Annual report of the Punjab Veterinary College and of the Civil Veterinary Department, Punjab - 1926-1932
Year: 1926
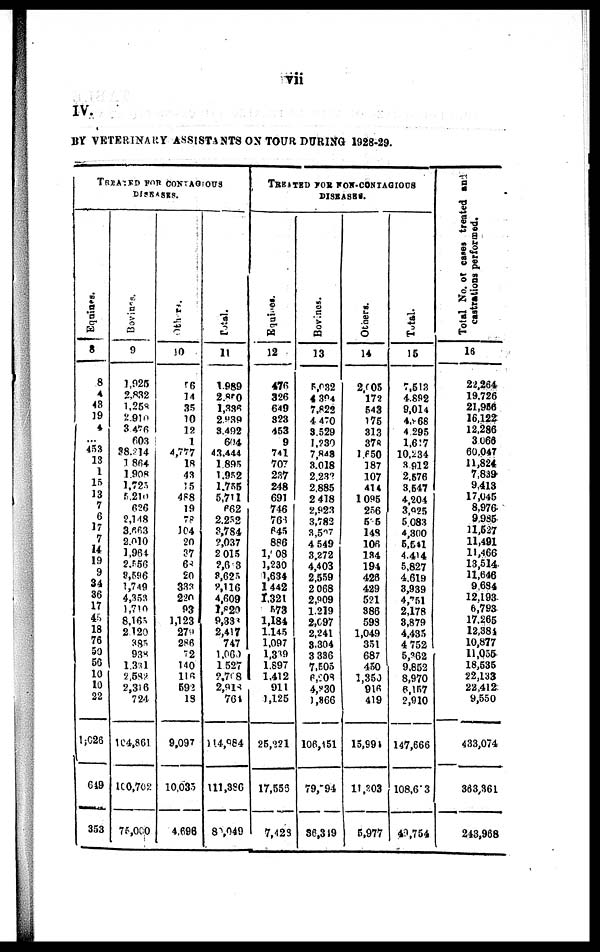
vii
IV
BY VETERINARY ASSISTANTS ON TOUR DURING 1928-29.
TREATED FOR CONTAGIOUS
DISEASES.
Equines.
8
8
4
43
19
4
…
453
13
1
15
13
7
6
17
7
14
19
9
34
36
17
45
18
76
50
56
10
10
22
1,026
649
353
Bovines.
9
1,925
2,832
1,258
2,910
3,476
603
38,214
1,864
1,908
1,725
5,210
626
2,148
3,663
2,010
1,964
2,556
8,596
1,749
4,353
1,710
8,165
2,420
385
938
1,331
2,582
2,316
724
104,861
100,702
76,000
Others.
!0
16
14
35
10
12
1
4,777
18
43
15
488
19
78
104
20
37
68
20
333
220
93
1,123
279
286
72
140
116
592
18
9,097
10,035
4,696
Total.
11
1,989
2,800
1,336
2,939
3,492
604
43,444
1,895
1,952
1,755
5,711
662
2,232
3,784
2,037
2,015
2,6 3
8,625
8,116
4,609
1,820
9,333
2,417
747
1,060
1,527
2,708
2,918
764
114,984
111,396
80,049
TREATED FOR NON-CONTAGIOUS
DISEASES.
Equines.
12
476
326
649
323
453
9
741
707
237
248
691
746
766
645
886
1, 08
1,230
1,634
1,442
1,321
573
1,184
1,145
1,097
1,339
1.897
1,412
911
1,125
25,221
17,553
7,423
Bovines.
13
5,032
4,394
7,822
4,470
3,529
1,230
7,843
3,018
2,232
2,885
2,418
2,923
3,782
3,507
4,549
3,272
4,403
2,559
2,068
2,909
1,219
2,097
2,241
3,304
3,336
7,505
6,208
4,830
1,866
106,151
79,794
36,319
Others.
14
2,005
172
543
175
313
378
1,650
187
107
414
1,095
256
5 5
148
106
134
194
428
429
521
386
598
1,049
351
687
450
1,350
916
419
15,994
11,203
5,977
Total.
15
7,513
4,892
9,014
4, 68
4,295
1,617
10,234
3,912
2,576
3,547
4,204
3,925
5,083
4,300
5,541
4,414
5,827
4,619
3,939
4,751
2,178
3,879
4,435
4 752
5,362
9,852
8,970
6,157
2,910
147,666
108,6 3
40,754
Total No. of cases
treated and
castrations performed.
16
22,264
19,726
21,956
16,122
12,286
3.066
60,047
11,824
7,839
9,413
17,045
8,976
9,985
11,527
11,491
11,466
13,514
11,646
9,684
12,193
6,793
17,265
12,381
10,877
11,055
18,535
22,133
22,412
9,550
433,074
363,361
243,968